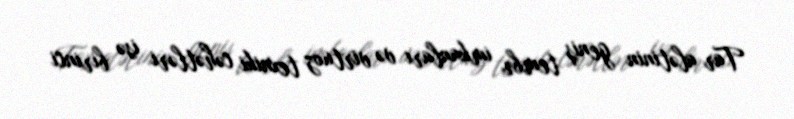
Tar alətinin geniş tembr imkanları və virtuoz texniki cəhətləri isə birinci